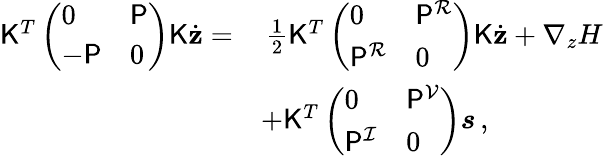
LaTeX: \begin{array}{rl}{\mathsf{K}^{T}\left(\begin{array}{ll}{0}&{\mathsf{P}}\\ {-\mathsf{P}}&{0}\end{array}\right)\mathsf{K}\dot{\mathbf{z}}=}&{\, \frac{1}{2}\mathsf{K}^{T}\left(\begin{array}{ll}{0}&{\mathsf{P}^{\mathcal{R}}}\\ {\mathsf{P}^{\mathcal{R}}}&{0}\end{array}\right)\mathsf{K}\dot{\mathbf{z}}+\nabla_{z}H}\\ &{+\mathsf{K}^{T}\left(\begin{array}{ll}{0}&{\mathsf{P}^{\mathcal{V}}}\\ {\mathsf{P}^{\mathcal{I}}}&{0}\end{array}\right)\boldsymbol{s}\, ,}\end{array}